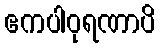
ဧကပါဝုရဏာပိ